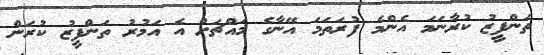
ތަންފީޒު ކުރާނަމަ އެންމެ ފުރަތަމަ އޭނާގެ މައްޗަށް އެ އަމުރު ތަންފީޒު ކުރަން